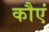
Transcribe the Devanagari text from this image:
कौएं